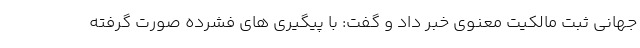
جهانی ثبت مالکیت معنوی خبر داد و گفت: با پیگیری های فشرده صورت گرفته